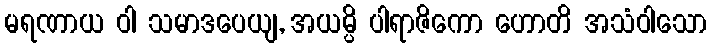
မရဏာယ ဝါ သမာဒပေယျ, အယမ္ပိ ပါရာဇိကော ဟောတိ အသံဝါသော